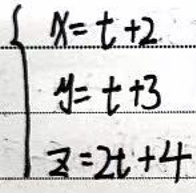
\begin{cases}
x = t + 2\\
y = t + 3\\
z = 2t + 4
\end{cases}